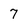
Character: 7